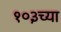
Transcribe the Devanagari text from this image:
१०३च्या